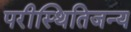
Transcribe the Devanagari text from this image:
परीस्थितिजन्य